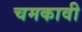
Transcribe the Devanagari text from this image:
चमकावी